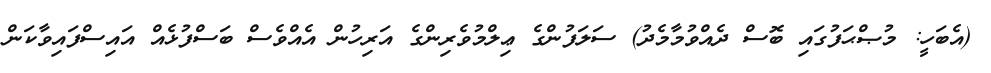
(އެބަހީ: މުޞްޙަފުގައި ބޮސް ދެއްވުމާމެދު) ސަލަފުންގެ ޢިލްމުވެރިންގެ އަރިހުން އެއްވެސް ބަސްފުޅެއް އައިސްފައިވާކަން